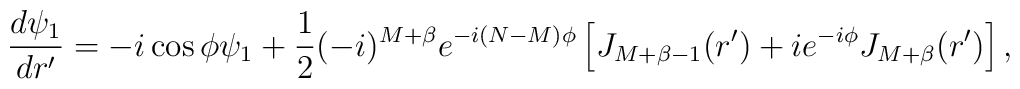
\frac{d \psi_1}{dr'} = -i \cos \phi \psi_1 + \frac{1}{2} (-i)^{M+ \beta} e^{-i (N-M) \phi}  \left[ J_{M+ \beta -1} (r') + i e^{-i \phi} J_{M+ \beta} (r') \right],